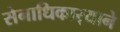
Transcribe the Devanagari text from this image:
सेनाधिकार्‍याने